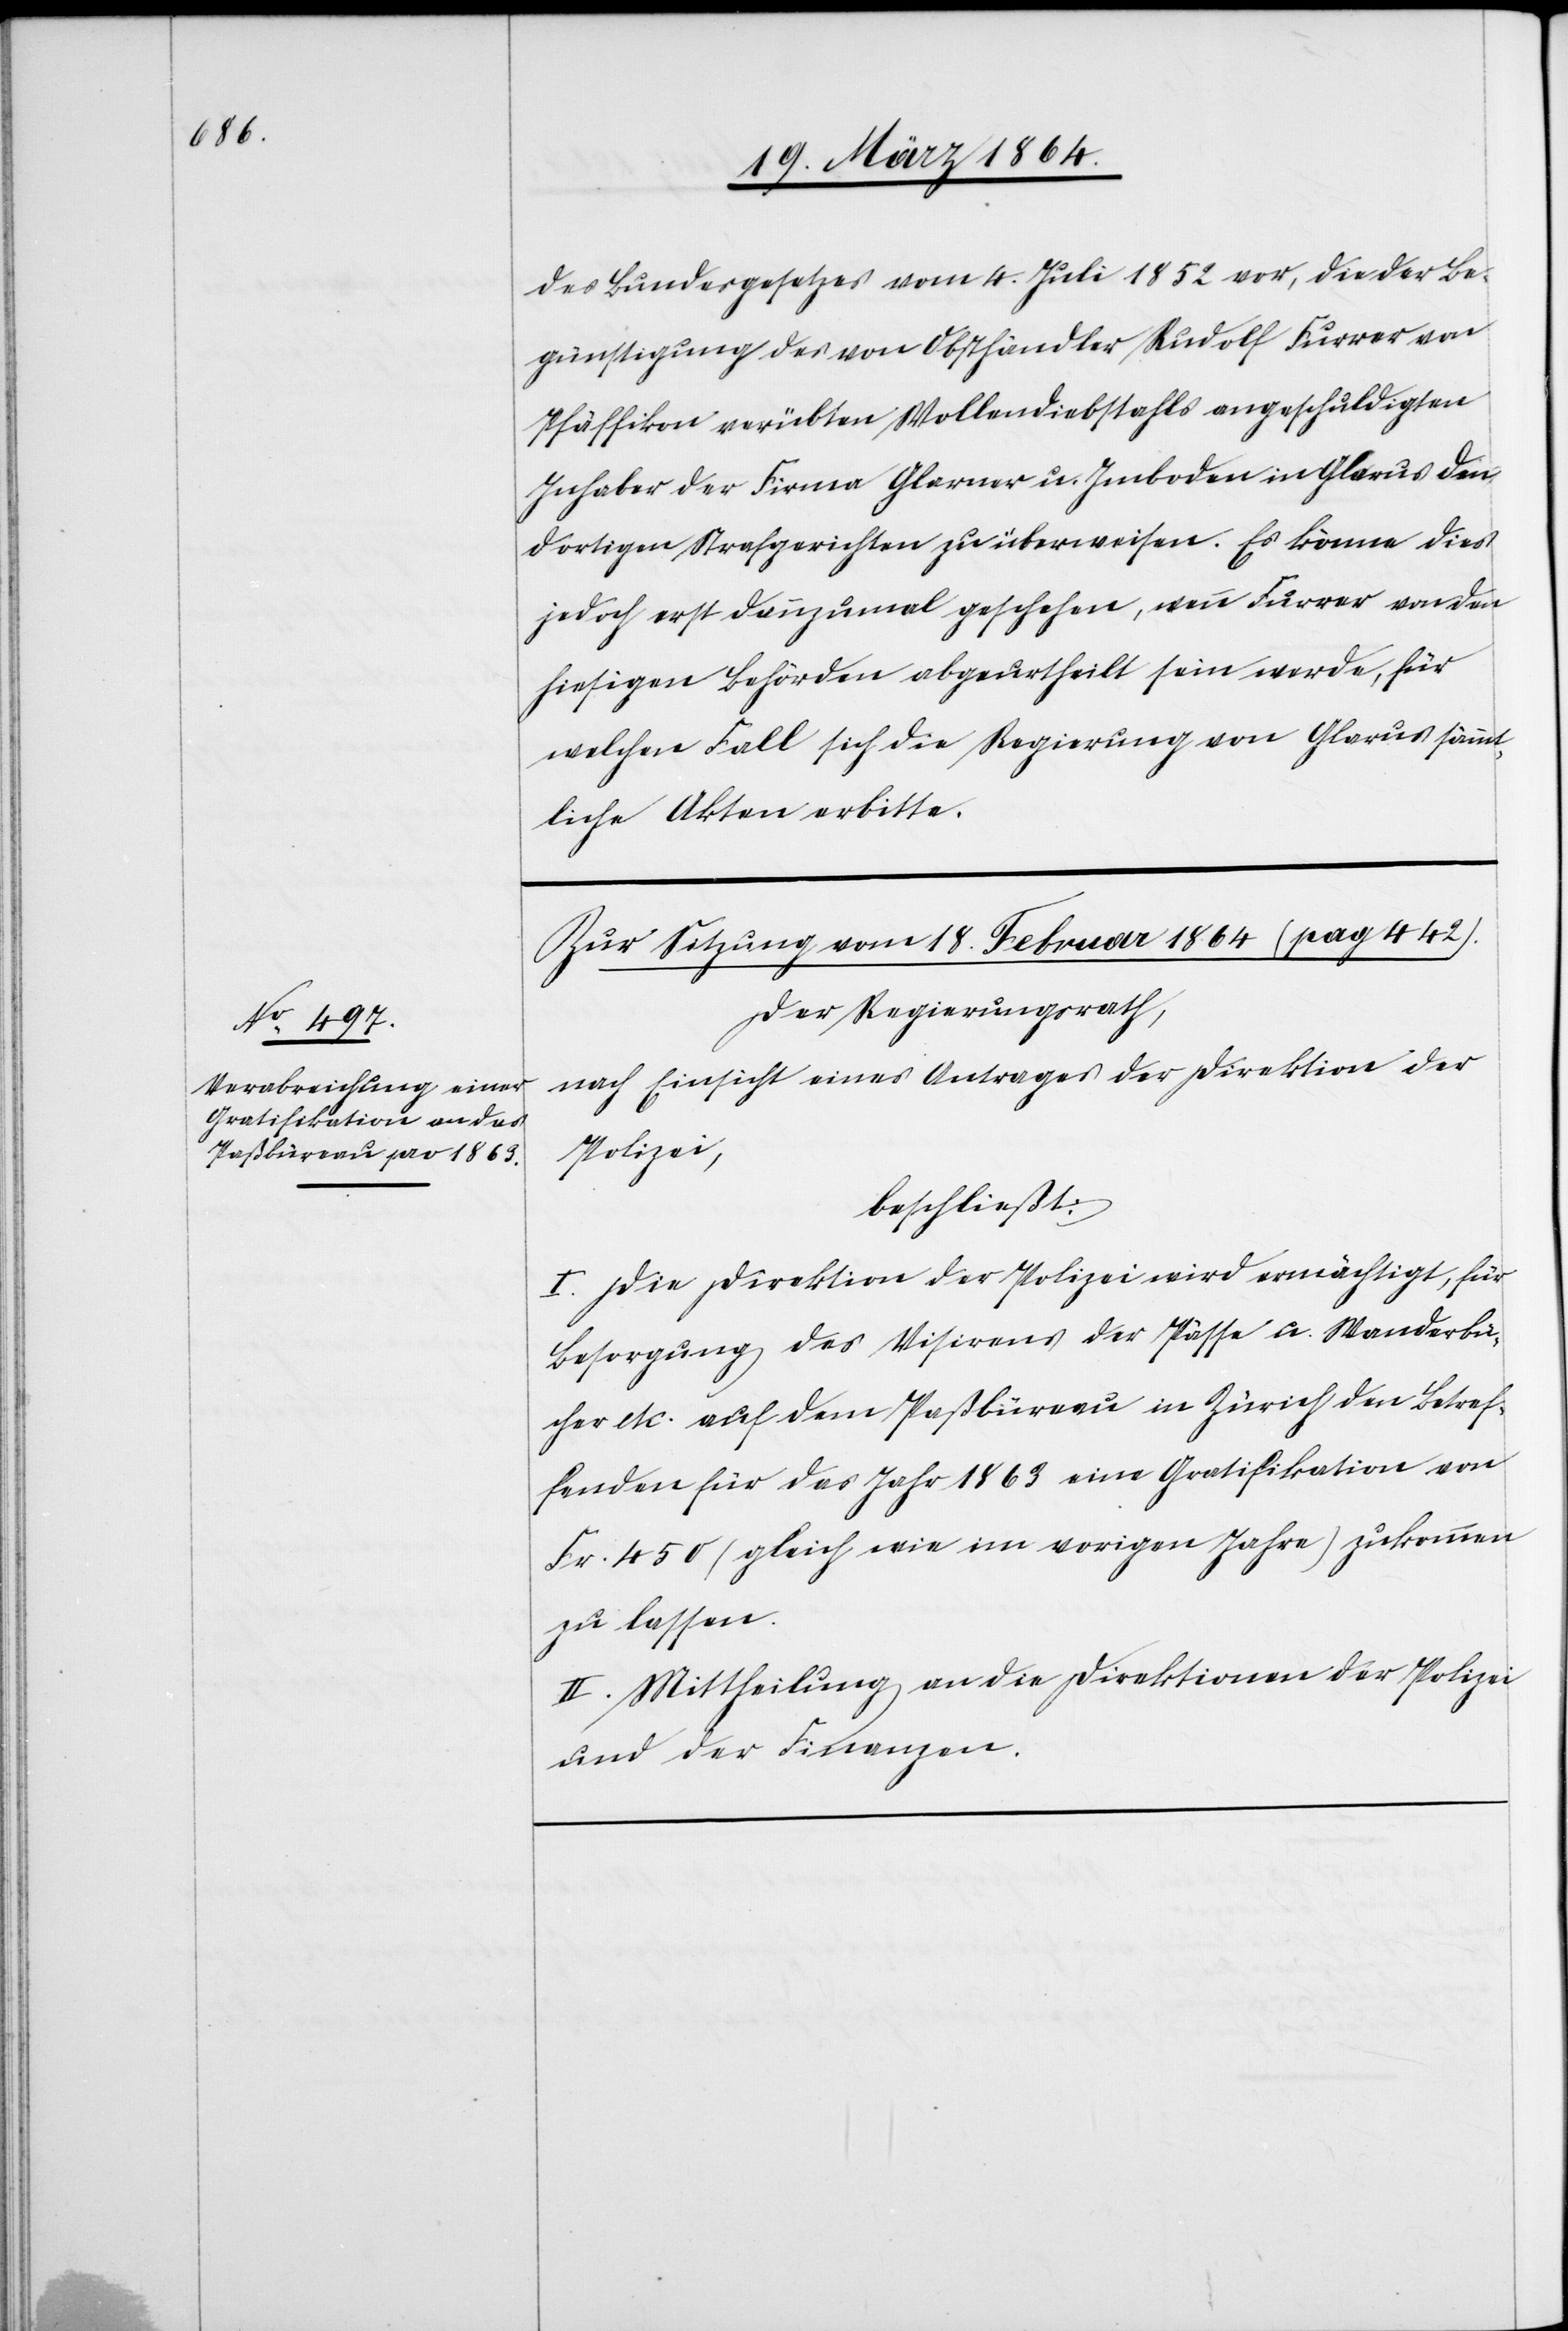
des Bundesgesetzes vom 4. Juli 1852 vor, die der Be¬
günstigung des von Obsthändler Rudolf Furrer von
Pfäffikon verübten Wollendiebstahls angeschuldigten
Inhaber der Firma Glarner u. Imboden in Glarus den
dortigen Strafgerichten zu überweisen. Es könne dies
jedoch erst dannzumal geschehen, wenn Furrer von den
hiesigen Behörden abgeurtheilt sein werde, für
welchen Fall sich die Regierung von Glarus sämmt¬
liche Akten erbitte.
Zur Sitzung vom 18. Februar 1864 (pag 442).
Der Regierungsrath,
nach Einsicht eines Antrages der Direktion der
Polizei,
beschließt:
I. Die Direktion der Polizei wird ermächtigt, für
Besorgung des Visirens der Pässe u. Wanderbü¬
cher etc. auf dem Paßbüreau in Zürich den Betref¬
fenden für das Jahr 1863 eine Gratifikation von
Fr. 450 (gleich wie im vorigen Jahre) zukommen
zu lassen.
II. Mittheilung an die Direktionen der Polizei
und der Finanzen.